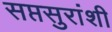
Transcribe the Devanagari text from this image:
सप्तसुरांशी